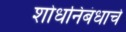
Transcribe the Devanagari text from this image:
शोधनिबंधाचे